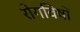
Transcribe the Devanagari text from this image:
रोगविषों